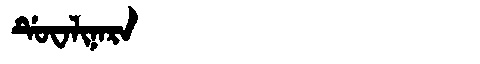
Manchu: ᡩᡠᠸᠠᠯᡳᠨᠠᡵᠠ
Romanization: DUWALINARA